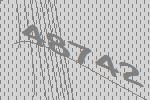
48742